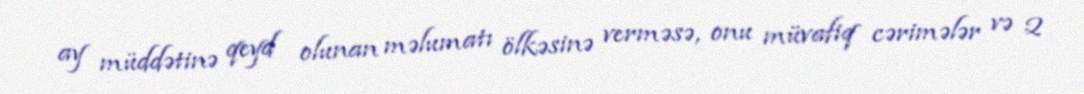
ay müddətinə qeyd olunan məlumatı ölkəsinə verməsə, onu müvafiq cərimələr və 2